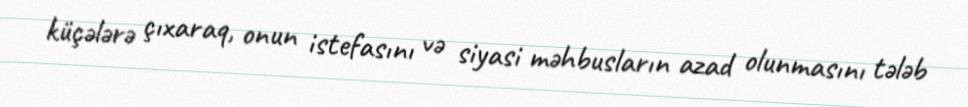
küçələrə çıxaraq, onun istefasını və siyasi məhbusların azad olunmasını tələb